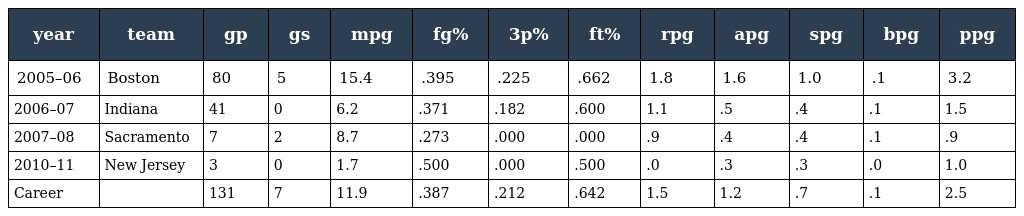
| year | team | gp | gs | mpg | fg% | 3p% | ft% | rpg | apg | spg | bpg | ppg |
 | --- | --- | --- | --- | --- | --- | --- | --- | --- | --- | --- | --- | --- |
 | 2005–06 | Boston | 80 | 5 | 15.4 | .395 | .225 | .662 | 1.8 | 1.6 | 1.0 | .1 | 3.2 |
 | 2006–07 | Indiana | 41 | 0 | 6.2 | .371 | .182 | .600 | 1.1 | .5 | .4 | .1 | 1.5 |
 | 2007–08 | Sacramento | 7 | 2 | 8.7 | .273 | .000 | .000 | .9 | .4 | .4 | .1 | .9 |
 | 2010–11 | New Jersey | 3 | 0 | 1.7 | .500 | .000 | .500 | .0 | .3 | .3 | .0 | 1.0 |
 | Career |  | 131 | 7 | 11.9 | .387 | .212 | .642 | 1.5 | 1.2 | .7 | .1 | 2.5 |